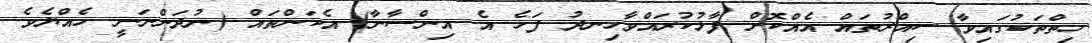
ހިތްތަކުގައިވާ ސިއްރުތައް އެއްކޮށް ފާޅުކުރައްވާހިނދު ފަހެ އެ އިންސާނާ) އެކަންތައް (ނުދަންނަނީ ހެއްޔެވެ